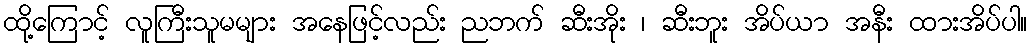
ထို့ကြောင့် လူကြီးသူမများ အနေဖြင့်လည်း ညဘက် ဆီးအိုး ၊ ဆီးဘူး အိပ်ယာ အနီး ထားအိပ်ပါ။